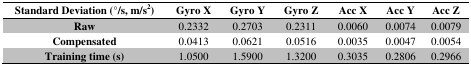
<table><thead><tr><td><b>Standard Deviation (°/s, m/s<sup>2</sup>)</b></td><td><b>Gyro X</b></td><td><b>Gyro Y</b></td><td><b>Gyro Z</b></td><td><b>Acc X</b></td><td><b>Acc Y</b></td><td><b>Acc Z</b></td></tr></thead><tbody><tr><td><b>Raw</b></td><td>0.2332</td><td>0.2703</td><td>0.2311</td><td>0.0060</td><td>0.0074</td><td>0.0079</td></tr><tr><td><b>Compensated</b></td><td>0.0413</td><td>0.0621</td><td>0.0516</td><td>0.0035</td><td>0.0047</td><td>0.0054</td></tr><tr><td><b>Training time (s)</b></td><td>1.0500</td><td>1.5900</td><td>1.3200</td><td>0.3035</td><td>0.2806</td><td>0.2966</td></tr></tbody></table>